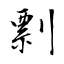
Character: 剽